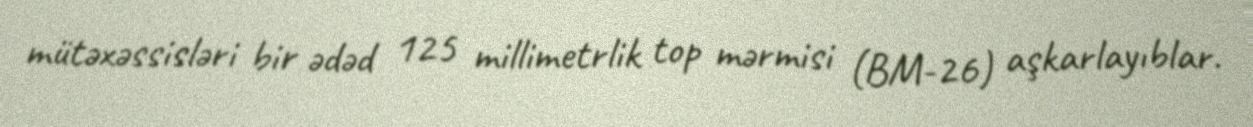
mütəxəssisləri bir ədəd 125 millimetrlik top mərmisi (BM-26) aşkarlayıblar.